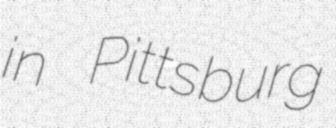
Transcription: in Pittsburg